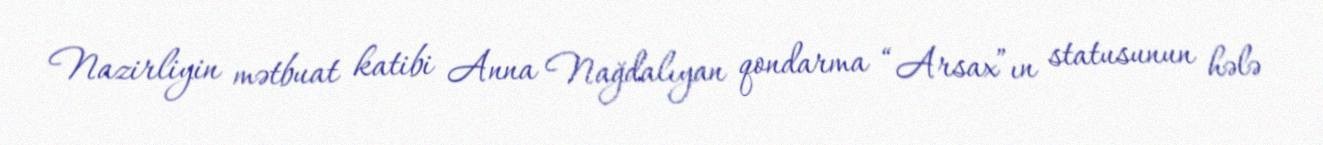
Nazirliyin mətbuat katibi Anna Nağdalıyan qondarma “Arsax”ın statusunun hələ